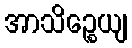
အာသိဉ္စေယျ